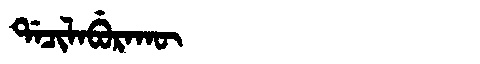
Manchu: ᡩᠠᠴᡳᠯᠠᠪᡠᡵᠠᡴᡡ
Romanization: DACILABURAKŪ